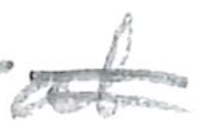
Text: at
Cross-out: double-line
Writing tool: pencil